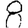
Digit: 8